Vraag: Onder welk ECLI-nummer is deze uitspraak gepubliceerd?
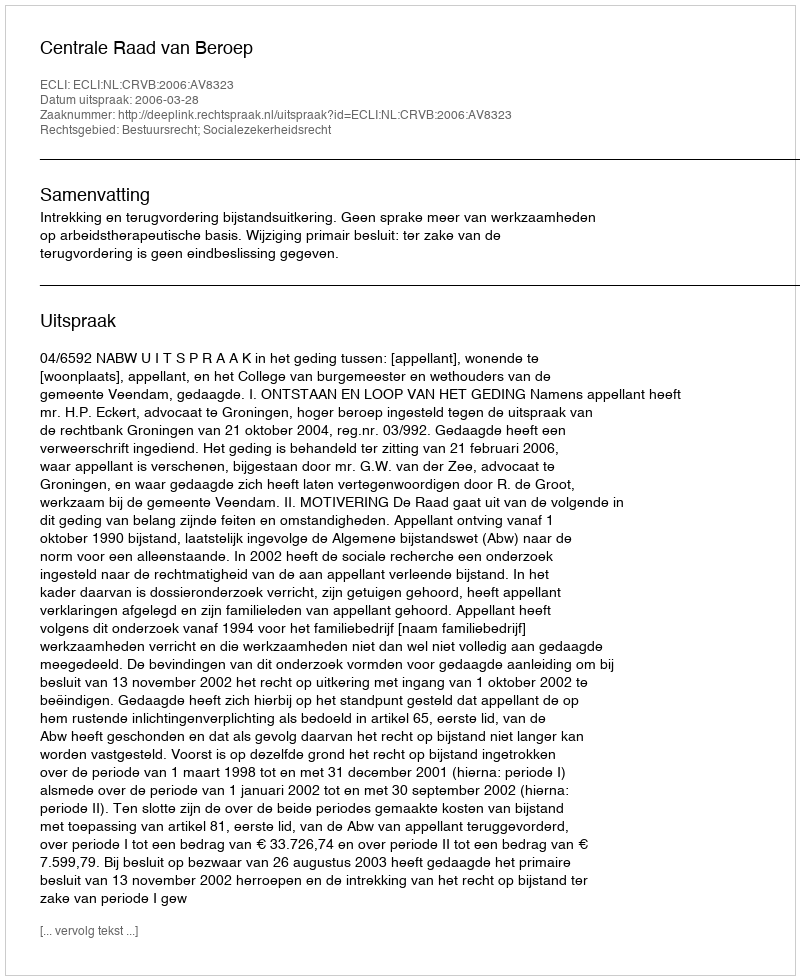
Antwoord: ECLI:NL:CRVB:2006:AV8323